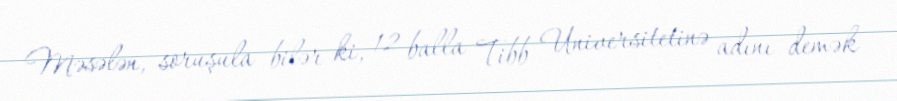
Məsələn, soruşula bilər ki, 12 balla Tibb Universitetinə adını demək